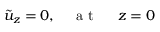
\tilde { u } _ { z } = 0 , \quad \mathrm { ~ a ~ t ~ \ } \quad z = 0